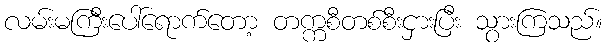
လမ်းမကြီးပေါ်ရောက်တော့ တက္ကစီတစ်စီးငှားပြီး သွားကြသည်။